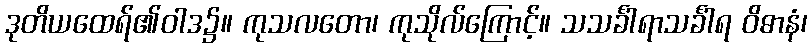
ဒုတိယထေရ်၏ဝါဒ၌။ ကုသလတော၊ ကုသိုလ်ကြောင့်။ သသင်္ခါရာသင်္ခါရ ဝိဓာနံ၊